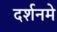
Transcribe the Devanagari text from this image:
दर्शनमे